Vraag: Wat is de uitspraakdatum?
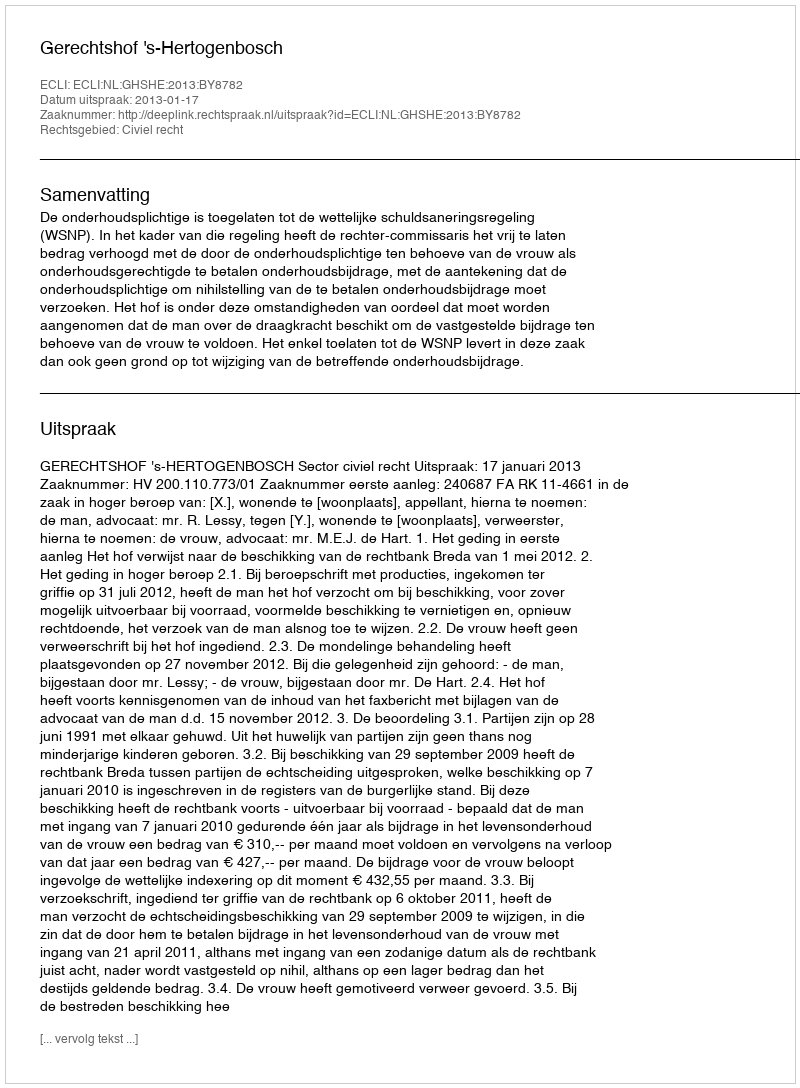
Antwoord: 2013-01-17